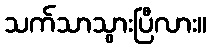
သက်သာသွားပြီလား။